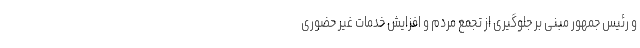
و رئیس جمهور مبنی بر جلوگیری از تجمع مردم و افزایش خدمات غیر حضوری